Vaccination in Bombay 1913-1923 - 1913-1923
Year: 1913
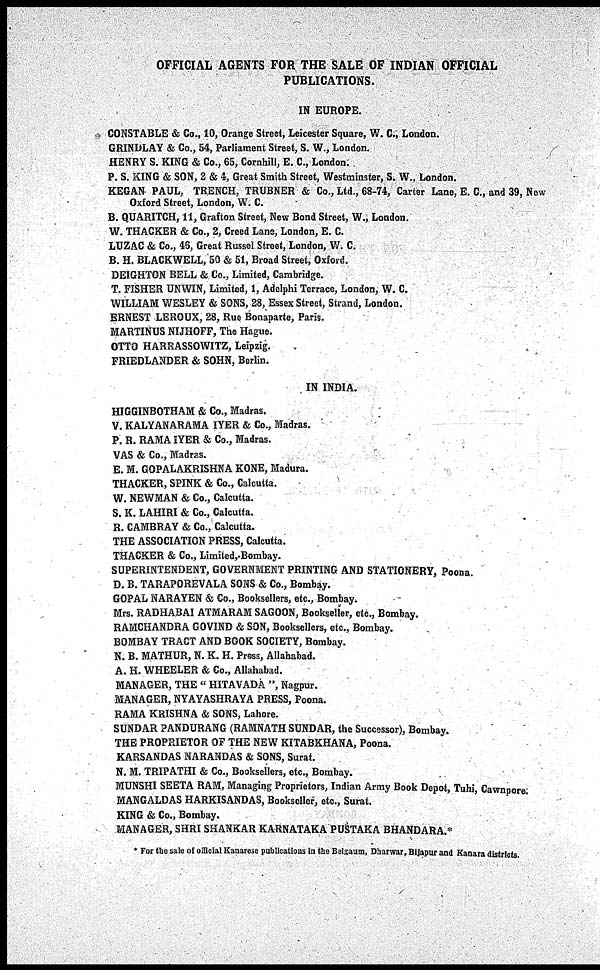
OFFICIAL AGENTS FOR THE SALE OF INDIAN OFFICIAL
PUBLICATIONS.
IN EUROPE.
CONSTABLE & Co., 10, Orange Street, Leicester Square, W. C., London.
GRINDLAY & Co., 54, Parliament Street, S. W., London.
HENRY S. KING & Co., 65, Cornhill, E. C., London.
P. S. KING & SON, 2 & 4, Great Smith Street, Westminster, S. W., London.
KEGAN PAUL, TRENCH, TRUBNER & Co., Ltd., 68-74, Carter Lane, E. C., and 39, New
Oxford Street, London, W. C.
B. QUARITCH, 11, Grafton Street, New Bond Street, W., London.
W. THACKER & Co., 2, Creed Lane, London, E. C.
LUZAC & Co., 46, Great Russel Street, London, W. C.
B. H. BLACKWELL, 50 & 51, Broad Street, Oxford.
DEIGHTON BELL & Co., Limited, Cambridge.
T. FISHER UNWIN, Limited, 1, Adelphi Terrace, London, W. C.
WILLIAM WESLEY & SONS, 28, Essex Street, Strand, London.
ERNEST LEROUX, 28, Rue Bonaparte, Paris.
MARTINUS NIJHOFF, The Hague.
OTTO HARRASSOWITZ, Leipzig.
FRIEDLANDER & SOHN, Berlin.
IN INDIA.
HIGGINBOTHAM & Co., Madras.
V. KALYANARAMA IYER & Co., Madras.
P. R. RAMA IYER & Co., Madras.
VAS & Co., Madras.
E. M. GOPALAKRISHNA KONE, Madura.
THACKER, SPINK & Co., Calcutta.
W. NEWMAN & Co., Calcutta.
S. K. LAHIRI & Co., Calcutta.
R. CAMBRAY & Co., Calcutta.
THE ASSOCIATION PRESS, Calcutta.
THACKER & Co., Limited, Bombay.
SUPERINTENDENT, GOVERNMENT PRINTING AND STATIONERY, Poona.
D. B. TARAPOREVALA SONS & Co., Bombay.
GOPAL NARAYEN & Co., Booksellers, etc., Bombay.
Mrs. RADHABAI ATMARAM SAGOON, Bookseller, etc., Bombay.
RAMCHANDRA GOVIND & SON, Booksellers, etc., Bombay.
BOMBAY TRACT AND BOOK SOCIETY, Bombay.
N. B. MATHUR, N. K. H. Press, Allahabad.
A. H. WHEELER & Co., Allahabad.
MANAGER, THE " HITAVADA ", Nagpur.
MANAGER, NYAYASHRAYA PRESS, Poona.
RAMA KRISHNA & SONS, Lahore.
SUNDAR PANDURANG (RAMNATH SUNDAR, the Successor), Bombay.
THE PROPRIETOR OF THE NEW KITABKHANA, Poona.
KARSANDAS NARANDAS & SONS, Surat.
N. M. TRIPATHI & Co., Booksellers, etc., Bombay.
MUNSHI SEETA RAM, Managing Proprietors, Indian Army Book Depot, Tuhi, Cawnpore.
MANGALDAS HARKISANDAS, Bookseller, etc., Surat.
KING & Co., Bombay.
MANAGER, SHRI SHANKAR KARNATAKA PUSTAKA BHANDARA.*
* For the sale of official Kanarese publications in the Belgaum, Dharwar, Bijapur and Kanara districts.